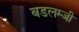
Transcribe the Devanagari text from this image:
बडलम्जी